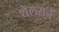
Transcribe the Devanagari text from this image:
थेलसने